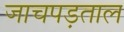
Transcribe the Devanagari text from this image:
जाचपड़ताल